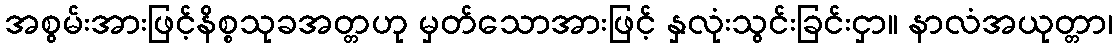
အစွမ်းအားဖြင့်နိစ္စသုခအတ္တဟု မှတ်သောအားဖြင့် နှလုံးသွင်းခြင်းငှာ။ နာလံအယုတ္တာ၊